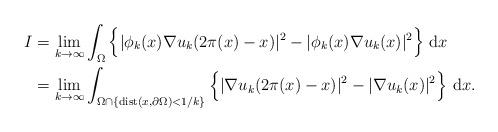
LaTeX: \begin{align*}I & = \lim_{k\to\infty} \int_\Omega\Big\{|\phi_k(x)\nabla u_k(2\pi(x) - x)|^2- |\phi_k(x)\nabla u_k(x)|^2\Big\}~\mbox{d}x\\& = \lim_{k\to\infty}\int_{\Omega\cap\{\mathrm{dist}(x,\partial\Omega)<1/k\}}\Big\{|\nabla u_k(2\pi(x) - x)|^2 - |\nabla u_k(x)|^2\Big\}~\mbox{d}x.\end{align*}